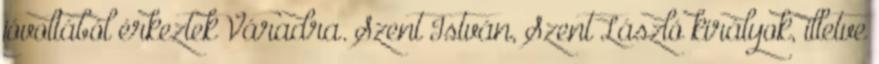
jóvoltából érkeztek Váradra. Szent István, Szent László királyok, illetve